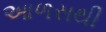
આળસથી